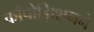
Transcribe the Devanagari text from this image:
काँपोझिशनने